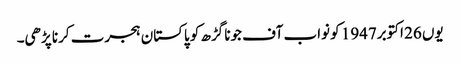
یوں 26 اکتوبر1947 کو نواب آف جونا گڑھ کو پاکستان ہجرت کرنا پڑھی۔